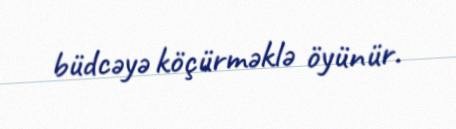
büdcəyə köçürməklə öyünür.